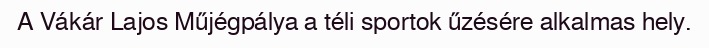
A Vákár Lajos Műjégpálya a téli sportok űzésére alkalmas hely.